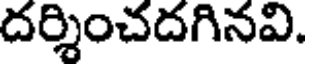
దర్శించదగినవి.